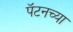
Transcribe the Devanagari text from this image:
पॅटनच्या